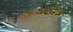
અવરાધાયો